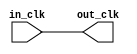
// clk_100.v

// Generated using ACDS version 22.4 94

`timescale 1 ps / 1 ps
module clk_100 (
		input  wire  in_clk,  //  in_clk.clk
		output wire  out_clk  // out_clk.clk
	);

	assign out_clk = in_clk;

endmodule